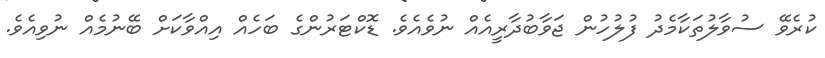
ކުރެވޭ ސުވާލުތަކާމެދު ފުލުހުން ޖަވާބުދާރީއެއް ނުވެއެވެ. ޑޮކްޓަރުންގެ ބަހެއް އިއްވާކަށް ބޭނުމެއް ނުވިއެވެ.